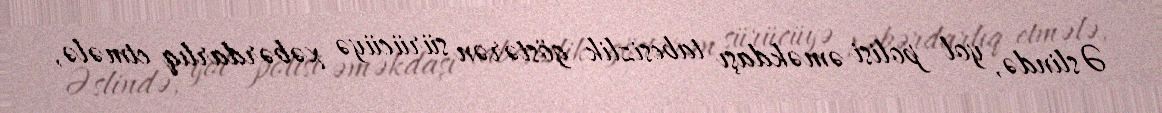
Əslində, yol polisi əməkdaşı tabesizlik göstərən sürücüyə xəbərdarlıq etmələ,